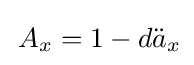
\,A_{x}=1-d{\ddot {a}}_{x}